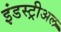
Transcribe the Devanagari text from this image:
इंडस्ट्रीअल